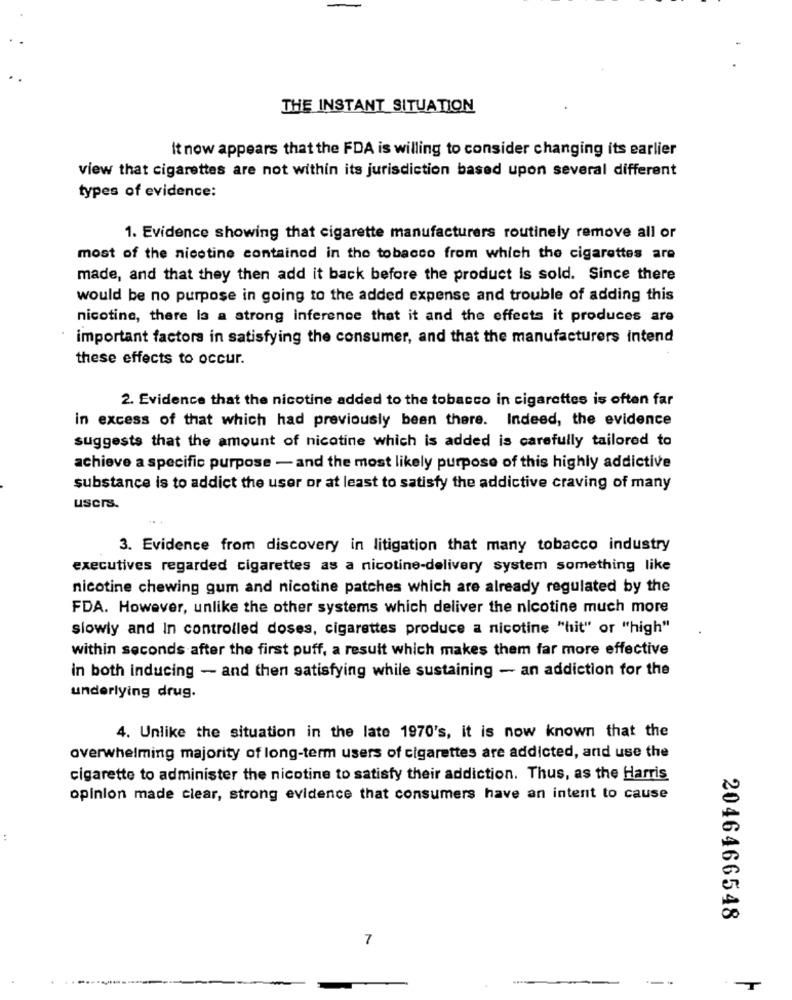
THE INSTANT SITUATION
It now appears that the FDA is willing to consider changing its earlier
view that cigarettes are not within its jurisdiction based upon several different
types of evidence:
1. Evidence showing that cigarette manufacturers routinely remove all or
most of the nicotine contained in the tobacco from which the cigarettes are
made, and that they then add it back before the product Is sold. Since there
would be no purpose in going to the added expense and trouble of adding this
nicotine, there la a strong inference that it and the effects it produces are
important factors in satisfying the consumer, and that the manufacturers intend
these effects to occur.
2. Evidence that the nicotine added to the tobacco in cigarettes is often far
in excess of that which had previously been there. Indeed, the evidence
suggests that the amount of nicotine which is added is carefully tailored to
achieve a specific purpose - and the most likely purpose of this highly addictive
substance is to addict the user or at least to satisfy the addictive craving of many
users.
3. Evidence from discovery in litigation that many tobacco industry
executives regarded cigarettes as a nicotine-delivery system something like
nicotine chewing gum and nicotine patches which are already regulated by the
FDA. However, unlike the other systems which deliver the nicotine much more
slowly and In controlled doses, cigarettes produce a nicotine "hit" or "high"
within seconds after the first puff, a result which makes them far more effective
in both inducing - and then satisfying while sustaining - an addiction for the
underlying drug.
4. Unlike the situation in the late 1970's, it is now known that the
overwhelming majority of long-term users of cigarettes are addicted, and use the
cigarette to administer the nicotine to satisfy their addiction. Thus, as the Harris
opinion made clear, strong evidence that consumers have an intent to cause
2046466548
7
.T